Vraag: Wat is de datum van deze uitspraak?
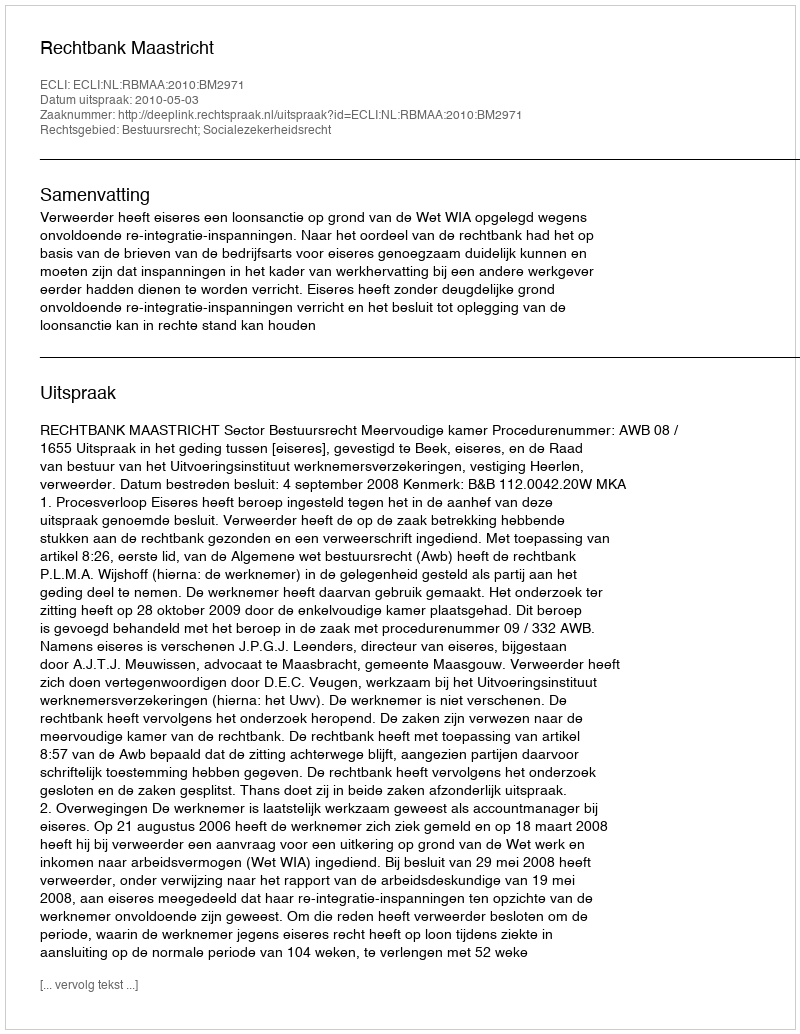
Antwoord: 2010-05-03